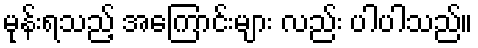
မုန်းရသည့် အကြောင်းများ လည်း ပါပါသည်။